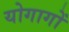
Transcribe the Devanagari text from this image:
योगागों